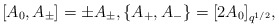
\begin{align*} [A_0,A_{\pm}]=\pm A_{\pm},\{A_{+},A_{-}\}=[2A_0]_{q^{1/2}},\end{align*}